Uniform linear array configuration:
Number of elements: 4
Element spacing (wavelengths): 0.25
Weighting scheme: hamming
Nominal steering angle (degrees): -60
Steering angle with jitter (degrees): -59.463
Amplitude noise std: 0.05
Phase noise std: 0.05

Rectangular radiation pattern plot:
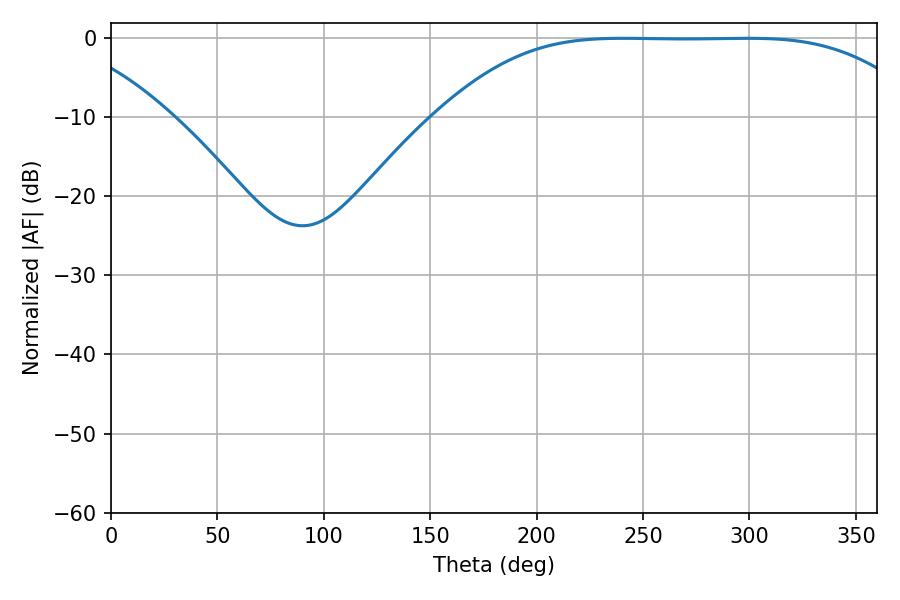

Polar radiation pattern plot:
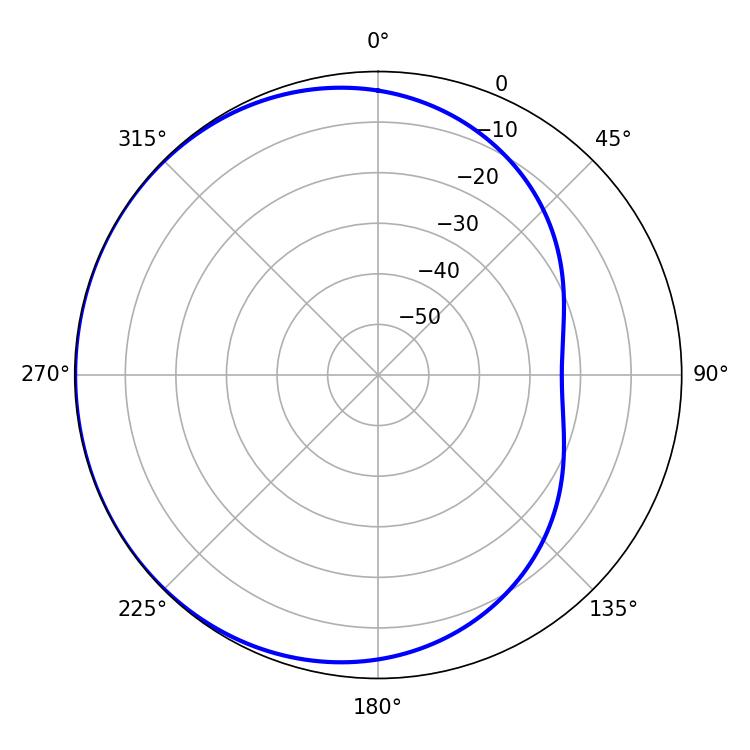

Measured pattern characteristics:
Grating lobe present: FALSE
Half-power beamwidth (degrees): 169.2
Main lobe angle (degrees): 240.84